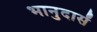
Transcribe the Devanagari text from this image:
भानुदासें